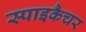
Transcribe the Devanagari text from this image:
स्पाइकैचर